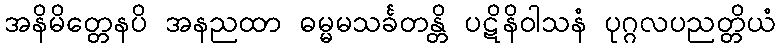
အနိမိတ္တေနပိ အနညထာ ဓမ္မမသင်္ခတန္တိ ပဋိနိဝါသနံ ပုဂ္ဂလပညတ္တိယံ